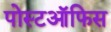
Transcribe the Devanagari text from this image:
पोस्टऑफिस